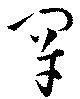
罕